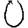
Digit: 0